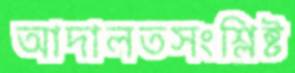
আদালতসংশ্লিষ্ট